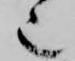
也